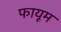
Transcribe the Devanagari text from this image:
फायूम